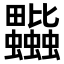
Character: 𧖎